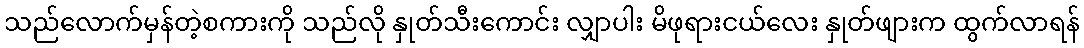
သည်လောက်မှန်တဲ့စကားကို သည်လို နှုတ်သီးကောင်း လျှာပါး မိဖုရားငယ်လေး နှုတ်ဖျားက ထွက်လာရန်